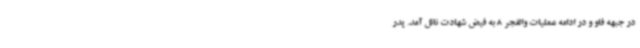
در جبهه فاو و در ادامه عملیات والفجر 8 به فیض شهادت نائل آمد. پدر